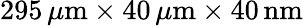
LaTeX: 295\, \mu\mathrm{m}\times 40\, \mu\mathrm{m}\times 40\, \mathrm{nm}